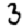
Digit: 3